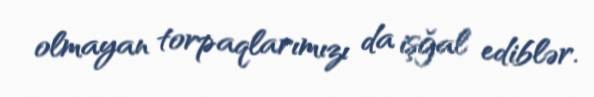
olmayan torpaqlarımızı da işğal ediblər.